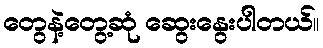
တွေနဲ့တွေ့ဆုံ ဆွေးနွေးပါတယ်။